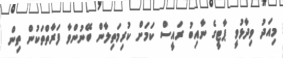
މިއަދު ވިދާޅުވީ ޕާޓީގެ ނާއިބު ރައީސް ކަމަށް ކުރިމަތިލާން ބޭނުންވާ ފަރާތްތަކުން ތިން